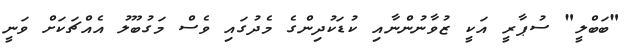
"ބަބްލީ" ސުޕާރީ އަކީ ޒުވާނުންނާއި ކުޑަކުދިންގެ މެދުގައި ވެސް މަގުބޫލު އެއްޗަކަށް ވަނީ